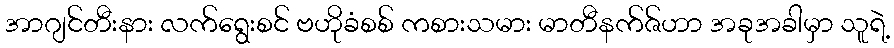
အာဂျင်တီးနား လက်ရွေးစင် ဗဟိုခံစစ် ကစားသမား မာတီနက်ဇ်ဟာ အခုအခါမှာ သူရဲ့